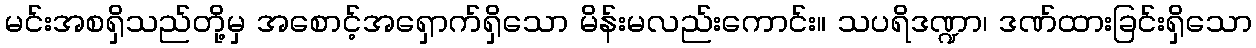
မင်းအစရှိသည်တို့မှ အစောင့်အရှောက်ရှိသော မိန်းမလည်းကောင်း။ သပရိဒဏ္ဍာ၊ ဒဏ်ထားခြင်းရှိသော